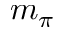
m _ { \pi }